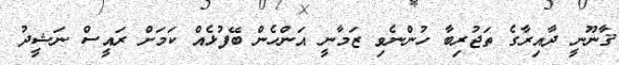
ޤާނޫނީ ދާއިރާގެ ތަޖުރިބާ ހުންނެވި ޒަމާނީ އަންހެން ބޭފުޅެއް ކަމަށް ރައީސް ނަޝީދު